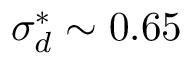
\sigma _ { d } ^ { * } \sim 0 . 6 5